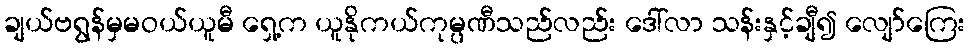
ချယ်ဗရွန်မှမဝယ်ယူမီ ရှေ့က ယူနိုကယ်ကုမ္ပဏီသည်လည်း ဒေါ်လာ သန်းနှင့်ချီ၍ လျော်ကြေး